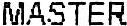
MASTER